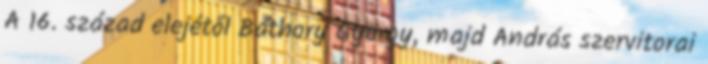
A 16. század elejétől Báthory György, majd András szervitorai